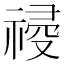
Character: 𥛀